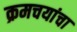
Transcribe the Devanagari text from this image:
क्रमचयांचा